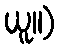
ယူ။)